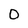
Character: 0